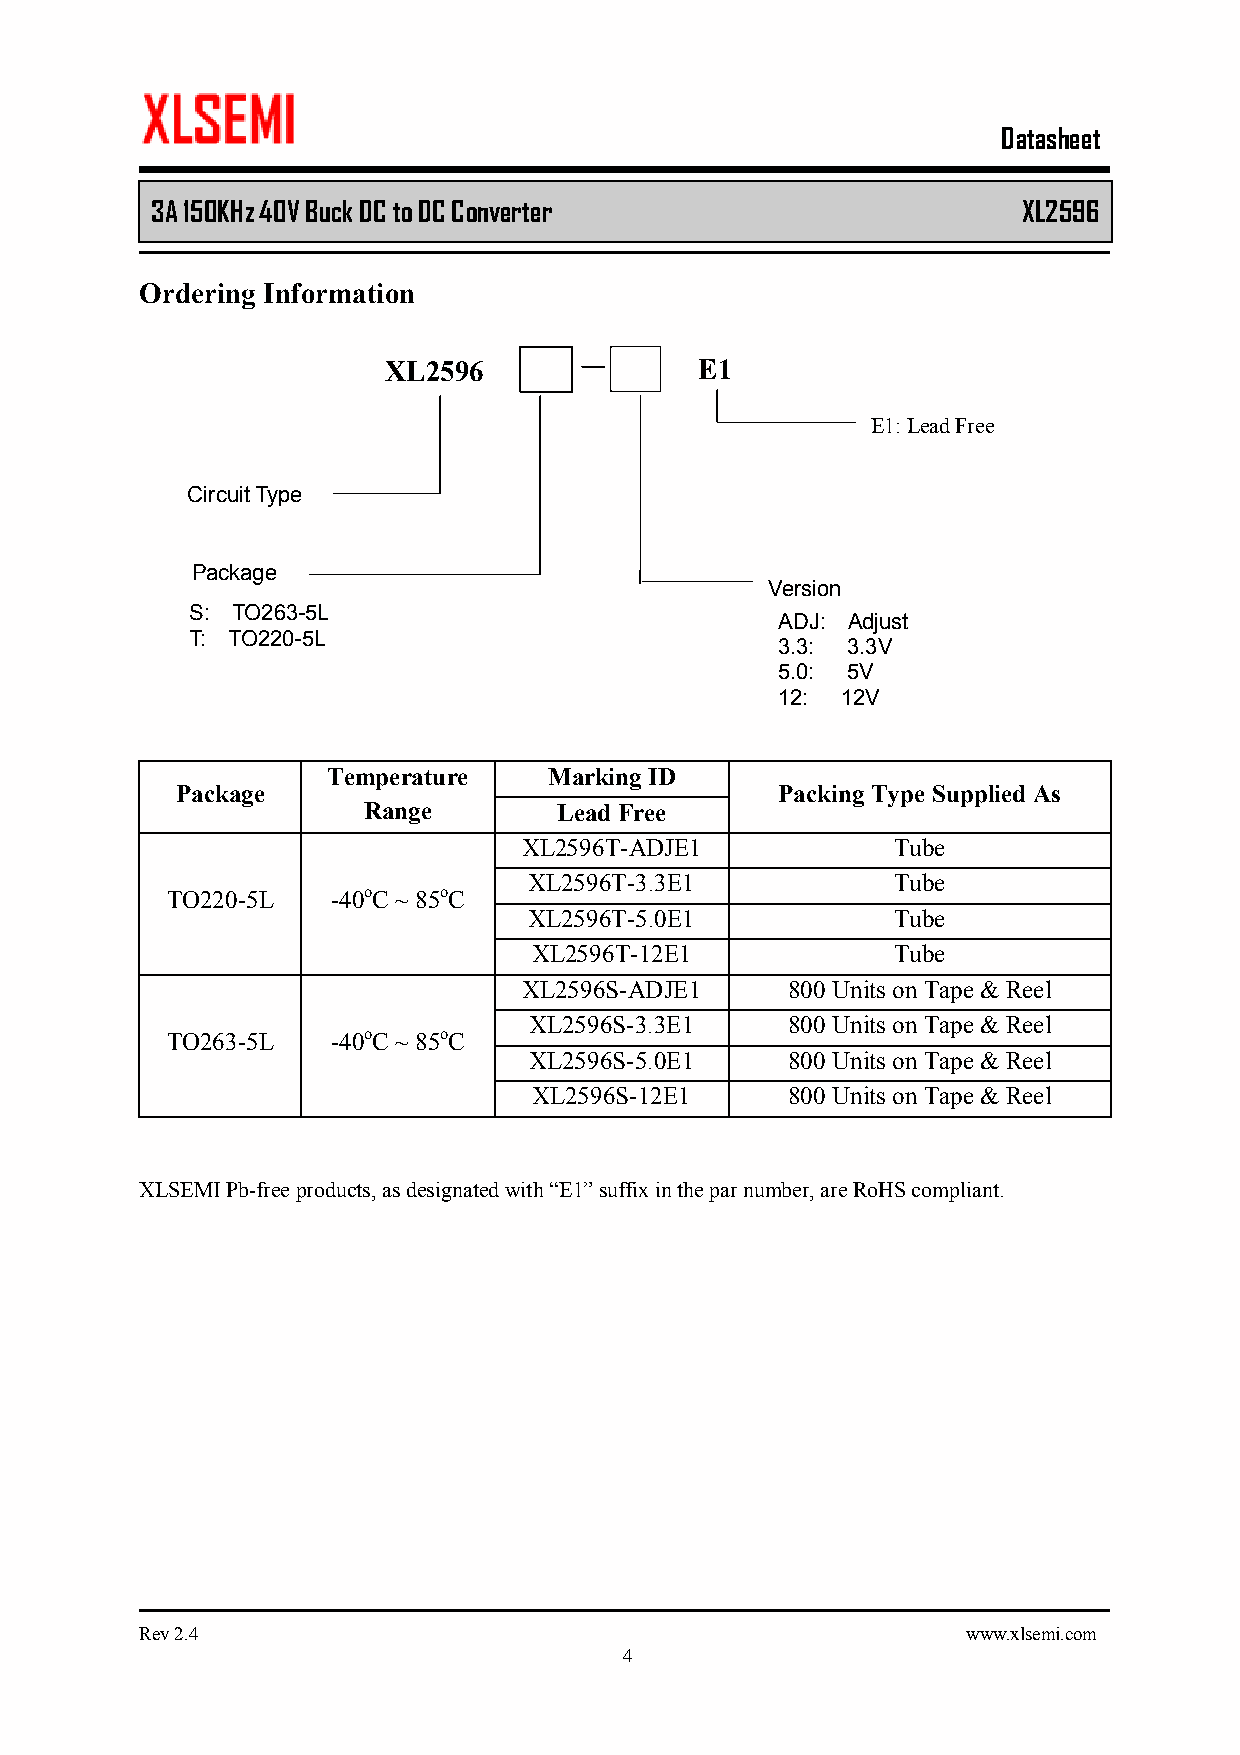
Datasheet
 3A 150KHz 40V Buck DC to DC Converter         XL2596
 Ordering Information
 XL2596               E 1
 E1: Lead Free
 Circuit Type
 Package
 Version
 S: TO263-5L
 ADJ: Adjust
 T: TO220-5L
 3.3: 3.3V
 5.0: 5V
 12: 12V
 Temperature   Marking ID
 Package                                 Packing Type Supplied As
 Range        Lead Free
 XL2596T-ADJE1           Tube
 XL2596T-3.3E1           Tube
 TO220-5L   -40oC ~ 85oC
 XL2596T-5.0E1           Tube
 XL2596T-12E1            Tube
 XL2596S-ADJE1    800 Units on Tape & Reel
 XL2596S-3.3E1    800 Units on Tape & Reel
 TO263-5L   -40oC ~ 85oC
 XL2596S-5.0E1    800 Units on Tape & Reel
 XL2596S-12E1     800 Units on Tape & Reel
 XLSEMI Pb-free products, as designated with “E1” suffix in the par number, are RoHS compliant.
 Rev 2.4                                                www.xlsemi.com
 4